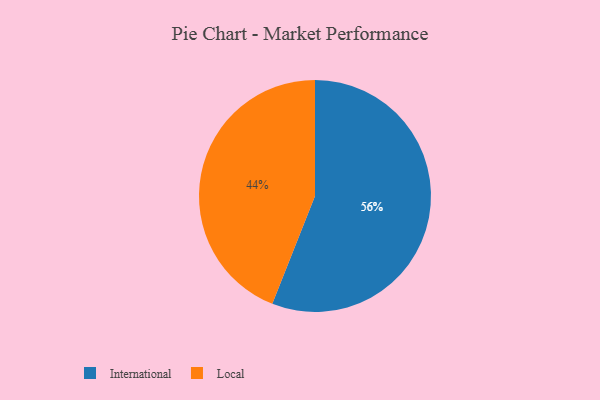
{"axis": {"x": "Category", "y": "Percentage"}, "legend": ["International", "Local"], "data": [{"x": "International", "y": 56, "type": "International"}, {"x": "Local", "y": 44, "type": "Local"}]}